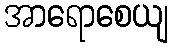
အာရောစေယျ